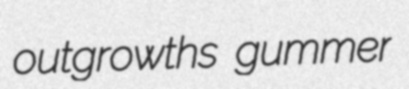
outgrowths gummer